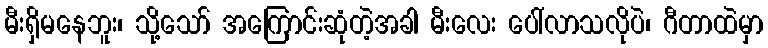
မီးရှိမနေဘူး၊ သို့သော် အကြောင်းဆုံတဲ့အခါ မီးလေး ပေါ်လာသလိုပဲ၊ ဂီတာထဲမှာ